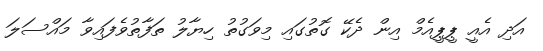
އަދި އެއީ ޕީޕީއެމް އިން ދެކޭ ގޮތުގައި މިވަގުތު ހިޔާލު ތަފާތުވެފައިވާ މައްސަލަ